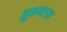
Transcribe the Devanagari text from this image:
झुकणाऱ्या